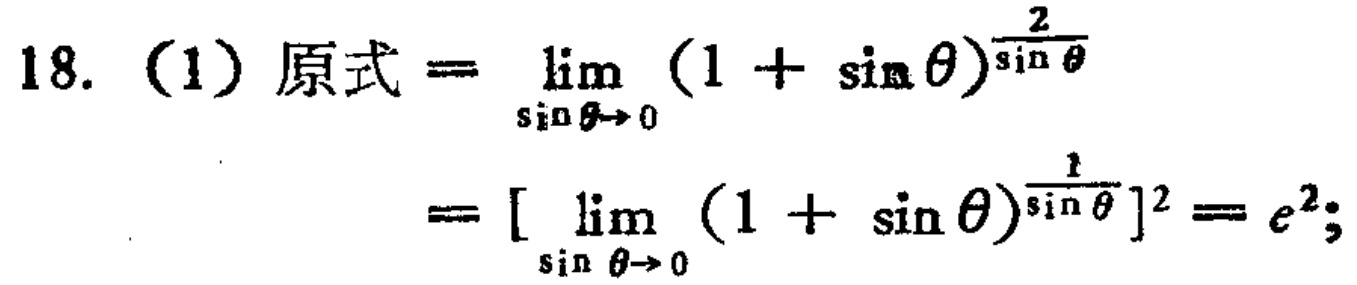
18.（1）原式\(=\lim_{\sin\theta \to 0}(1 + \sin\theta)^{\frac{2}{\sin\theta}}\)
\(=[\lim_{\sin\theta \to 0}(1 + \sin\theta)^{\frac{1}{\sin\theta}}]^2 = e^2\)；